Lunatic asylums United Provinces 1899-1908 - 1899-1908
Year: 1899
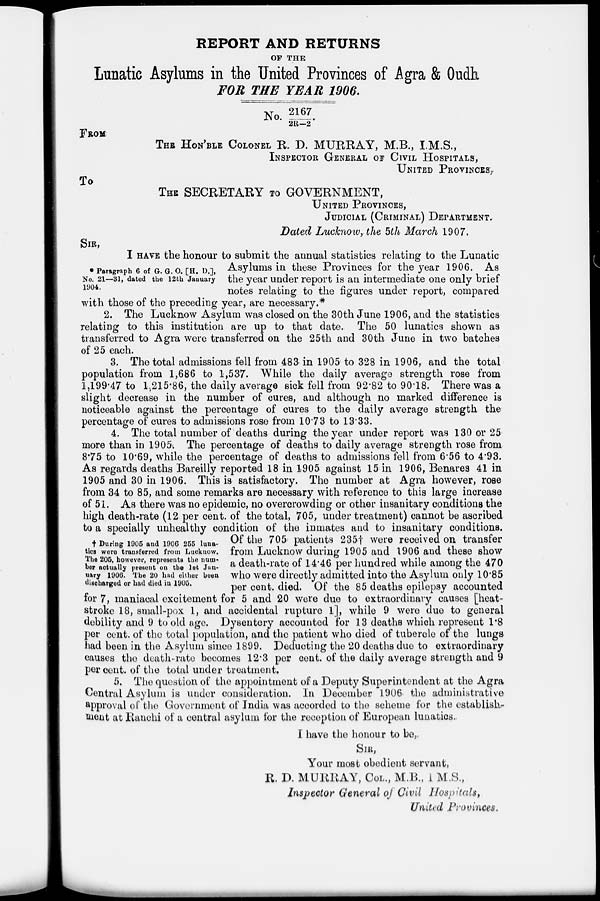
REPORT AND RETURNS
OF THE
Lunatic Asylums in the United Provinces of Agra & Oudh
FOR THE YEAR 1906.
No. 2167/ 2R—2
FROM
THE HON'BLE COLONEL R. D. MURRAY, M.B., I.M.S.,
INSPECTOR GENERAL OF CIVIL HOSPITALS,
UNITED PROVINCES,
To
THE SECRETARY TO GOVERNMENT,
UNITED PROVINCES,
JUDICIAL (CRIMINAL) DEPARTMENT.
Dated Lucknow, the 5th March 1907.
*Paragraph 6 of G. G. O. [H. D.],
No. 21—31, dated the 12th January
1904.
† During 1905 and 1906 255 luna-
tics were transferred from Lucknow.
The 205, however, represents the num-
ber actually present on the 1st Jan-
uary 1906. The 20 had either been
discharged or had died in 1905.
SIR,
I HAVE the honour to submit the annual statistics relating to the Lunatic
Asylums in these Provinces for the year 1906. As
the year under report is an intermediate one only brief
notes relating to the figures under report, compared
with those of the preceding year, are necessary.*
2. The Lucknow Asylum was closed on the 30th June 1906, and the statistics
relating to this institution are up to that date. The 50 lunatics shown as
transferred to Agra were transferred on the 25th and 30th June in two batches
of 25 each.
3. The total admissions fell from 483 in 1905 to 328 in 1906, and the total
population from 1,686 to 1,537. While the daily average strength rose from
1,199.47 to 1,215.86, the daily average sick fell from 92.82 to 90.18. There was a
slight decrease in the number of cures, and although no marked difference is
noticeable against the percentage of cures to the daily average strength the
percentage of cures to admissions rose from 10.73 to 13.33.
4. The total number of deaths during the year under report was 130 or 25
more than in 1905. The percentage of deaths to daily average strength rose from
8.75 to 10.69, while the percentage of deaths to admissions fell from 6.56 to 4.93.
As regards deaths Bareilly reported 18 in 1905 against 15 in 1906, Benares 41 in
1905 and 30 in 1906. This is satisfactory. The number at Agra however, rose
from 34 to 85, and some remarks are necessary with reference to this large increase
of 51. As there was no epidemic, no overcrowding or other insanitary conditions the
high death-rate (12 per cent. of the total, 705, under treatment) cannot be ascribed
to a specially unhealthy condition of the inmates and to insanitary conditions.
Of the 705 patients 235† were received on transfer
from Lucknow during 1905 and 1906 and these show
a death-rate of 14.46 per hundred while among the 470
who were directly admitted into the Asylum only 10.85
per cent. died. Of the 85 deaths epilepsy accounted
for 7, maniacal excitement for 5 and 20 were due to extraordinary causes [heat-
stroke 18, small-pox 1, and accidental rupture 1], while 9 were due to general
debility and 9 to old age. Dysentery accounted for 13 deaths which represent 1.8
per cent. of the total population, and the patient who died of tubercle of the lungs
had been in the Asylum since 1899. Deducting the 20 deaths due to extraordinary
causes the death-rate becomes 12.3 per cent. of the daily average strength and 9
per cent. of the total under treatment.
5. The question of the appointment of a Deputy Superintendent at the Agra
Central Asylum is under consideration. In December 1906 the administrative
approval of the Government of India was accorded to the scheme for the establish-
ment at Ranchi of a central asylum for the reception of European lunatics
I have the honour to be,
SIR,
Your most obedient servant,
R. D. MURRAY, COL., M.R., I.M.S.,
Inspector General of Civil Hospitals,
United Provinces.